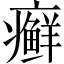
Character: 癣